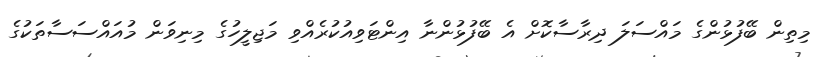
މިތިން ބޭފުޅުންގެ މައްސަލަ ދިރާސާކޮށް އެ ބޭފުޅުންނާ އިންޓަވިއުކުރެއްވި މަޖިލީހުގެ މިނިވަން މުއައްސަސާތަކުގެ